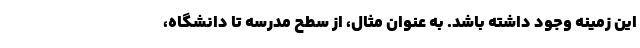
این زمینه وجود داشته باشد. به عنوان مثال، از سطح مدرسه تا دانشگاه،